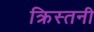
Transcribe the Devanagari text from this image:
क्रिस्तनी